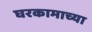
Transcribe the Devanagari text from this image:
घरकामाच्या